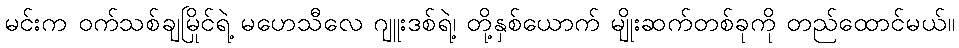
မင်းက ဝက်သစ်ချမြိုင်ရဲ့ မဟေသီလေ ဂျူးဒစ်ရဲ့၊ တို့နှစ်ယောက် မျိုးဆက်တစ်ခုကို တည်ထောင်မယ်။